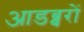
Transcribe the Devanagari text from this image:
आडब्बरों